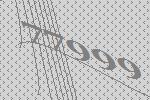
77999